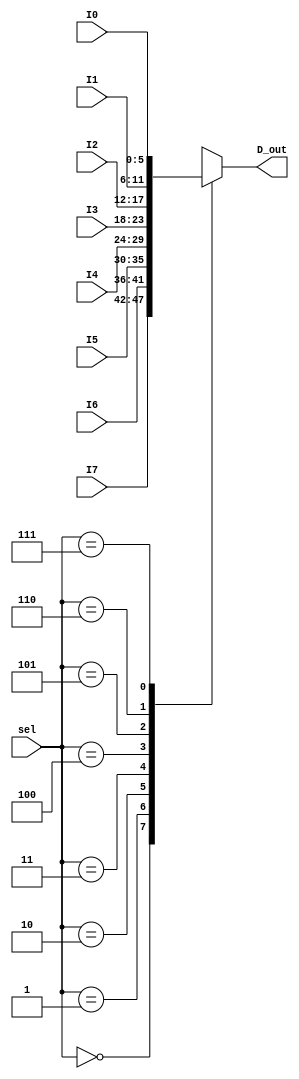
module mux_8x1_6bit(
    input [2:0]sel,
    input [5:0]I7,
    input [5:0]I6,
    input [5:0]I5,
    input [5:0]I4,
    input [5:0]I3,
    input [5:0]I2,
    input [5:0]I1,
    input [5:0]I0,
    output reg[5:0]D_out
    );
    
    always @(I0, I1, I2, I3, I4, I5, I6, I7, sel)
    begin
        case(sel)
        3'b000: D_out = I7;
        3'b001: D_out = I6;
        3'b010: D_out = I5;
        3'b011: D_out = I4;
        3'b100: D_out = I3;
        3'b101: D_out = I2;
        3'b110: D_out = I1;
        3'b111: D_out = I0;
	default: D_out = I7;
        endcase
    end
endmodule